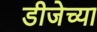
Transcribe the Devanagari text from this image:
डीजेच्या